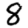
Digit: 8